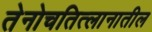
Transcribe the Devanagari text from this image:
तेनोचतित्लानातील